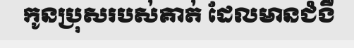
កូនប្រុសរបស់គាត់ ដែលមានជំងឺ